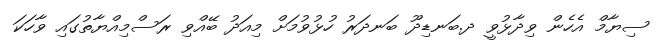
ސިޔާމް އެހެން ވިދާޅުވީ ދ.ބަނޑިދޫ ބަނދަރު ހުޅުވުމަށް މިއަދު ބޭއްވި ރަސްމިއްޔާތުގައި ވާހަކަ